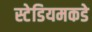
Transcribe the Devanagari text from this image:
स्टेडियमकडे